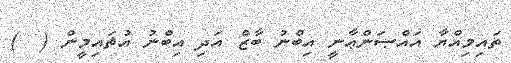
ތައިމިއްޔާ އައްޞަންޢާނީ އިބްނު ބާޒް އަދި އިބްނު އުޘައިމީން (  )